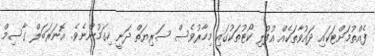
ފެއްތުމަށްޓަކައި ދައުވާތަކެއް އުފުލި ކޯޓުތަކުގައި މިހާރުވެސް ސަރިޔަތް ދަނީ ހިގަމުންނެވެ. އޮނަރަބަލް ގާސިމް